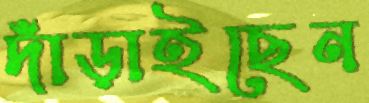
দাঁড়াইছেন